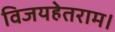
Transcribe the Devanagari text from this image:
विजयहेतराम।